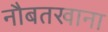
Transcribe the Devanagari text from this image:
नौबतखाना